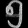
Digit: ၅